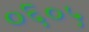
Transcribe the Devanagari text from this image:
०६०५